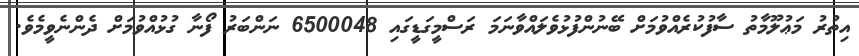
އިތުރު މަޢުލޫމާތު ސާފުކުރެއްވުމަށް ބޭނުންފުޅުވެލައްވާނަމަ ރަސްމީގަޑީގައި 6500048 ނަންބަރު ފޯނާ ގުޅުއްވުމަށް ދެންނެވީމެވެ.